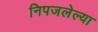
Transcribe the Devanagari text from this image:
निपजलेल्या